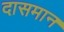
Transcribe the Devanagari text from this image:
दासमान